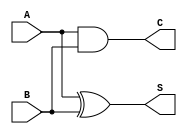
`timescale 1ns / 1ps
//////////////////////////////////////////////////////////////////////////////////
// Company: 
// Engineer: 
// 
// Design Name: 
// Module Name:    HA 
// Project Name: 
// Target Devices: 
// Tool versions: 
// Description: 
//
// Dependencies: 
//
// Revision: 
// Revision 0.01 - File Created
// Additional Comments: 
//
//////////////////////////////////////////////////////////////////////////////////
module HA(
    input A,B,
    output S,
    output C
    );
assign S=A^B,C=A&B;


endmodule